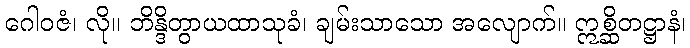
ဂေါဝဇံ၊ လို။ ဘိန္ဒိတွာယထာသုခံ၊ ချမ်းသာသော အလျောက်။ ဣစ္ဆိတဋ္ဌာနံ၊